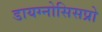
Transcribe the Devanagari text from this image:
डायग्नोसिसप्रो